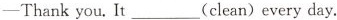
—Thank you. It ___ (clean) every day.